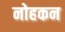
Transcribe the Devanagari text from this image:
नोहकन